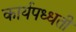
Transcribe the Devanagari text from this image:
कार्यपध्धती